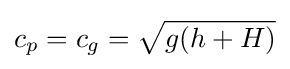
c_{p}=c_{g}={\sqrt {g(h+H)}}